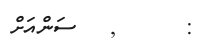
: